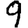
Digit: 9